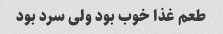
طعم غذا خوب بود ولی سرد بود